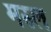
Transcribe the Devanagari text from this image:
मस्ल